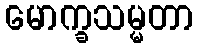
မောက္ခသမ္မတာ